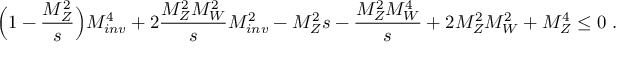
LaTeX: \Big ( 1 - \frac { M _ { Z } ^ { 2 } } { s } \Big ) M _ { i n v } ^ { 4 } + 2 \frac { M _ { Z } ^ { 2 } M _ { W } ^ { 2 } } { s } M _ { i n v } ^ { 2 } - M _ { Z } ^ { 2 } { s } - \frac { M _ { Z } ^ { 2 } M _ { W } ^ { 4 } } { s } + 2 M _ { Z } ^ { 2 } M _ { W } ^ { 2 } + M _ { Z } ^ { 4 } \leq 0 ~ .